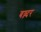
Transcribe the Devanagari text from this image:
बव्न्दर